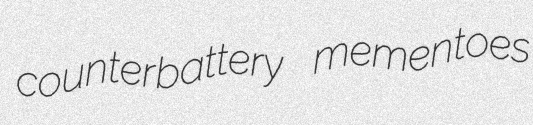
counterbattery mementoes